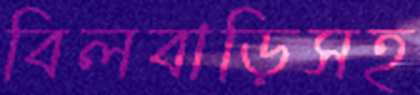
বিলবাড়িসহ